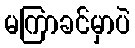
မကြာခင်မှာပဲ